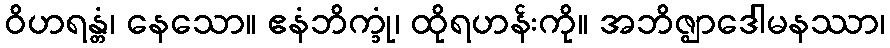
ဝိဟရန္တံ၊ နေသော။ ဧနံဘိက္ခုံ၊ ထိုရဟန်းကို။ အဘိဇ္ဈာဒေါမနဿာ၊